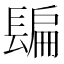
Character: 𨲜